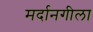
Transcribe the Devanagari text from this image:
मर्दानगीला